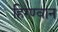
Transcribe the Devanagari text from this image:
हिरण्वान